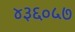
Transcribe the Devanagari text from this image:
४३६०५७